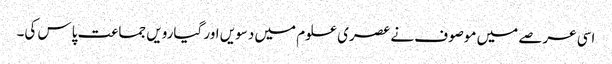
اسی عرصے میں موصوف نے عصری علوم میں دسویں اور گیارویں جماعت پاس کی۔